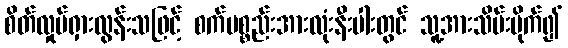
စိတ်လှုပ်ရှားလွန်းသဖြင့် စက်ပစ္စည်းအားလုံးနီးပါးတွင် သူ့အားသိမ်းပိုက်၍